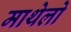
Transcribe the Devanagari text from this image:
माथेलो